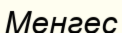
Менгес